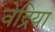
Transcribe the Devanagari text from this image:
वेद्रिया